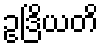
ဥဒြိယတိ